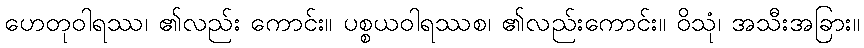
ဟေတုဝါရဿ၊ ၏လည်း ကောင်း။ ပစ္စယဝါရဿစ၊ ၏လည်းကောင်း။ ဝိသုံ၊ အသီးအခြား။